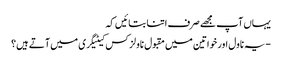
یہاں آپ مجھے صرف اتنا بتائیں کہ
-یہ ناول اور خواتین میں مقبول ناولز کس کیٹیگری میں آتے ہیں؟